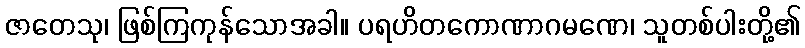
ဇာတေသု၊ ဖြစ်ကြကုန်သောအခါ။ ပရဟိတကောဏာဂမဏေ၊ သူတစ်ပါးတို့၏